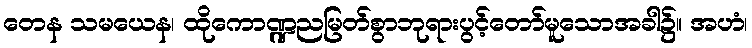
တေန သမယေန၊ ထိုကောဏ္ဍညမြတ်စွာဘုရားပွင့်တော်မူသောအခါ၌။ အဟံ၊